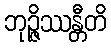
ဘုဉ္ဇိဿန္တီတိ